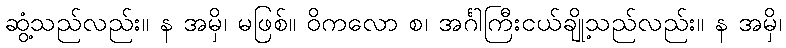
ဆွံ့သည်လည်း။ န အမှိ၊ မဖြစ်။ ဝိကလော စ၊ အင်္ဂါကြီးငယ်ချို့သည်လည်း။ န အမှိ၊